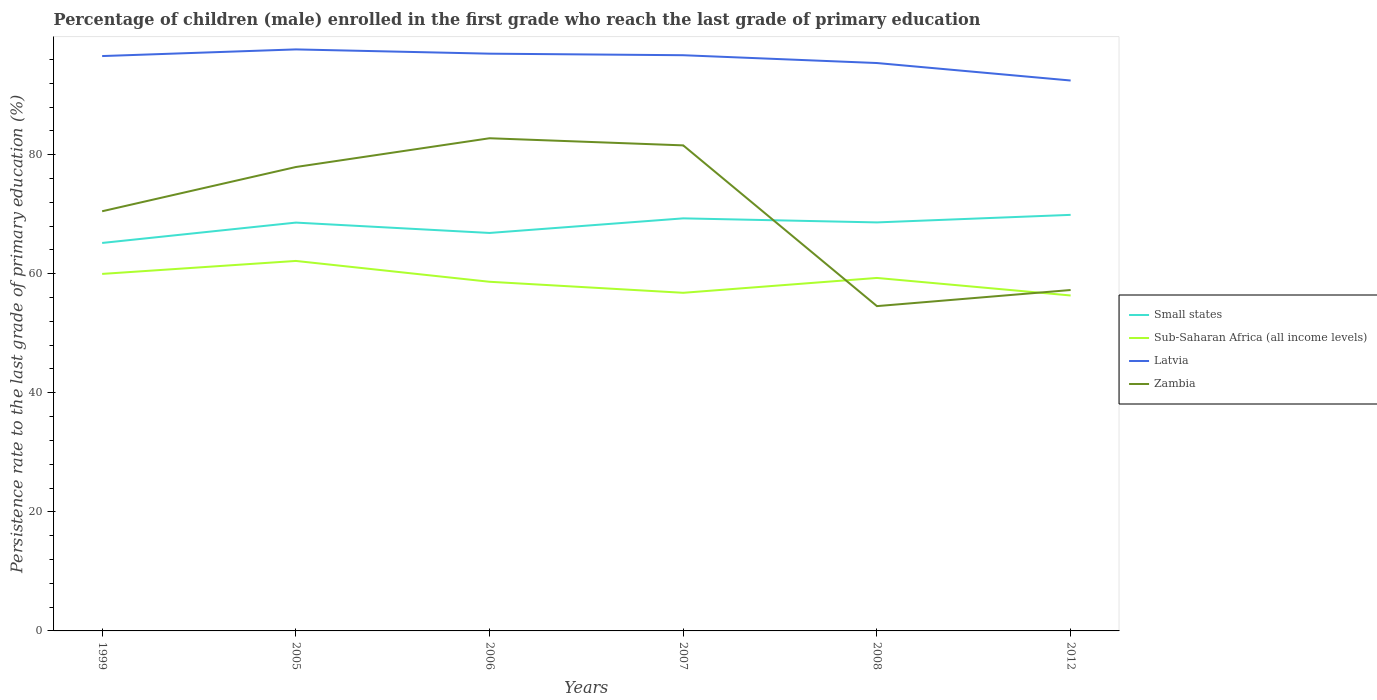
| Years | Small states | Sub-Saharan Africa (all income levels) | Latvia | Zambia |
 | --- | --- | --- | --- | --- |
 | 1999 | 65.2 | 60 | 96.6 | 70.5 |
 | 2005 | 68.6 | 62.1 | 97.7 | 77.9 |
 | 2006 | 66.8 | 58.6 | 97 | 82.8 |
 | 2007 | 69.3 | 56.8 | 96.7 | 81.6 |
 | 2008 | 68.6 | 59.3 | 95.4 | 54.6 |
 | 2012 | 69.9 | 56.3 | 92.5 | 57.3 |